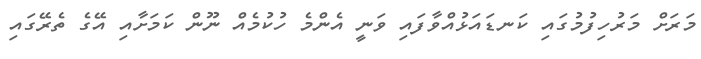
މަރަށް މަރުހިފުމުގައި ކަނޑައަޅުއްވާފައި ވަނީ އެންމެ ހުކުމެއް ނޫން ކަމަށާއި އޭގެ ތެރޭގައި